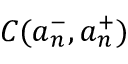
C ( a _ { n } ^ { - } , a _ { n } ^ { + } )